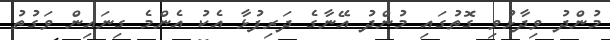
މުންދު ވިދާޅުވި ގޮތުގައި މުންދު އޭނާގެ ދަރިފުޅާ އެކު އެންމެ ގިނައިން ވަގުތު